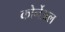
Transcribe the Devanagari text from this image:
कोर्नेअल